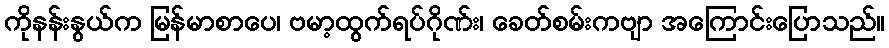
ကိုနန်းနွယ်က မြန်မာစာပေ၊ ဗမာ့ထွက်ရပ်ဂိုဏ်း၊ ခေတ်စမ်းကဗျာ အကြောင်းပြောသည်။